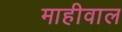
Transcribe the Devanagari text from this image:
माहीवाल